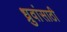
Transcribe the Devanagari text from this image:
ध्रुवांसाठी